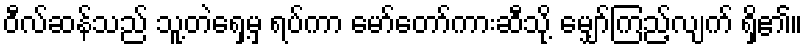
ဝီလ်ဆန်သည် သူ့တဲရှေ့မှ ရပ်ကာ မော်တော်ကားဆီသို့ မျှော်ကြည့်လျက် ရှိ၏။